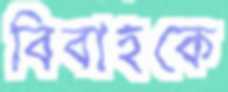
বিবাহকে